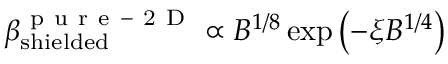
\beta _ { \mathrm { s h i e l d e d } } ^ { \mathrm { ~ p ~ u ~ r ~ e ~ - ~ 2 ~ D ~ } } \propto B ^ { 1 / 8 } \exp \left( - \xi B ^ { 1 / 4 } \right)